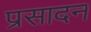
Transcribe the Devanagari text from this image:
प्रसादन